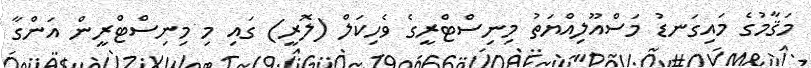
މަޤާމުގެ މައިގަނޑު މަސްއޫލިއްޔަތު މިނިސްޓްރީގެ ވެހިކަލް (ލޮރީ) ގައި މި މިނިސްޓްރީން އަންގާ